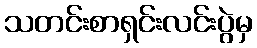
သတင်းစာရှင်းလင်းပွဲမှ